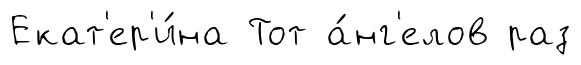
Екат'ер'и́на Тот а́нг'елов раз